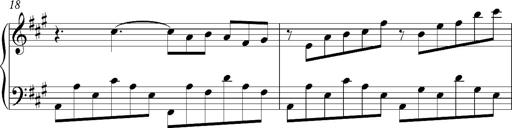
Title: PensÃ©es (Nocturne)
Composer: Franz Liszt
Key: A major